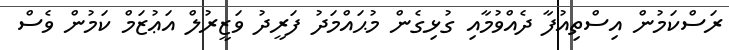
ރަސްކަމުން އިސްތިއުފާ ދެއްވުމާއި ގުޅިގެން މުޙައްމަދު ފަރީދު ވަޒީރުލް އަޢުޒަމް ކަމުން ވެސް